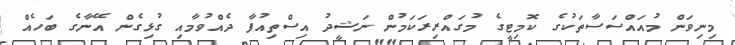
މިނިވަން މުއައްސަސާތަކުގެ ކޮމިޓީގެ މުގައްރިރަކަމުން ނަޝީދު އިސްތިއުފާ ދެއްވުމާއި ގުޅިގެން އޭނާގެ ބަހެއް